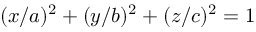
( x / a ) ^ { 2 } + ( y / b ) ^ { 2 } + ( z / c ) ^ { 2 } = 1